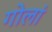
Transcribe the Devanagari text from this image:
गोलां